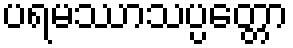
ပရမဿာသပ္ပတ္တော